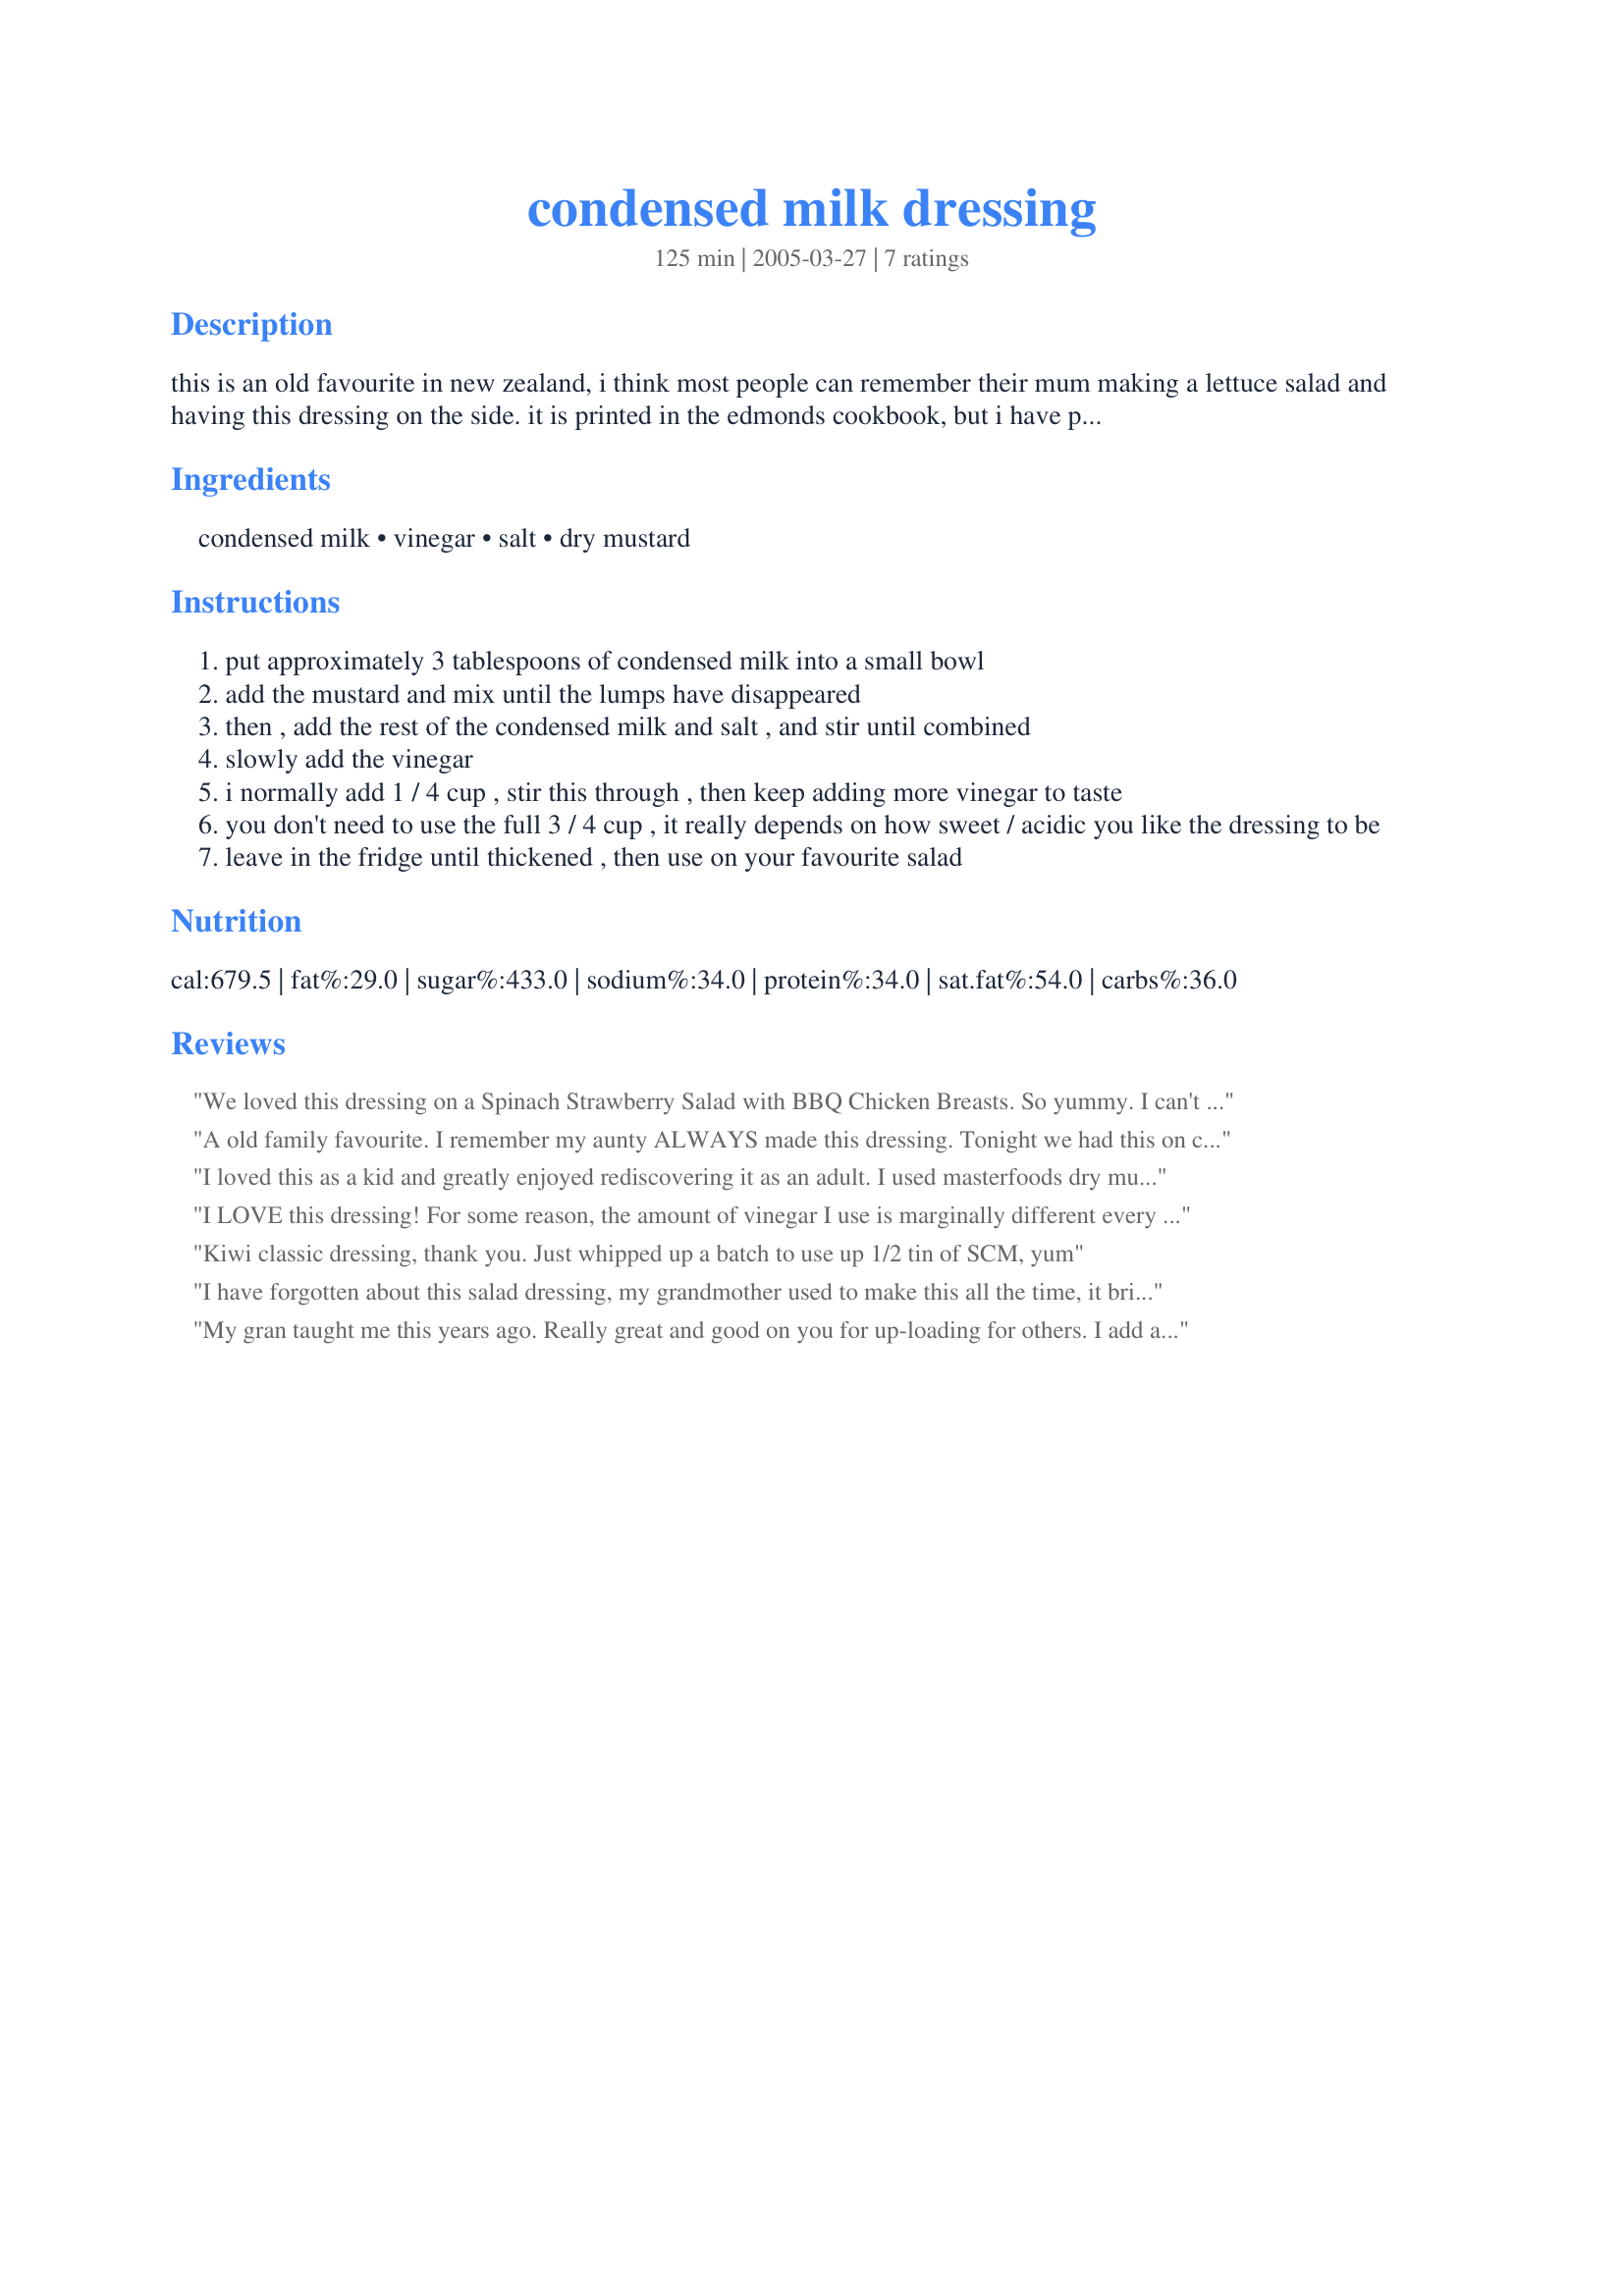
condensed milk dressing
Preparation time: 125 minutes

this is an old favourite in new zealand, i think most people can remember their mum making a lettuce salad and having this dressing on the side. it is printed in the edmonds cookbook, but i have printed my mum's recipe below (as it uses less vinegar & salt).

Ingredients:
condensed milk, vinegar, salt, dry mustard

Steps:
put approximately 3 tablespoons of condensed milk into a small bowl
add the mustard and mix until the lumps have disappeared
then , add the rest of the condensed milk and salt , and stir until combined
slowly add the vinegar
i normally add 1 / 4 cup , stir this through , then keep adding more vinegar to taste
you don't need to use the full 3 / 4 cup , it really depends on how sweet / acidic you like the dressing to be
leave in the fridge until thickened , then use on your favourite salad

Reviews:
We loved this dressing on a Spinach Strawberry Salad with BBQ Chicken Breasts. So yummy. I can't wait to make it again tomorrow. Thanks for posting this recipe.
A old family favourite. I remember my aunty ALWAYS made this dressing. Tonight we had this on chicken salad served on crispy, flat tortillas which I had put under the grill. Yum, thank you!
I loved this as a kid and greatly enjoyed rediscovering it as an adult.
I used masterfoods dry mustard and only needed a scant teaspoon to add the right amount of zing. I'm not familiar with Colemans which is perhaps quite mild? A tablespoon of the masterfoods made for a dressing so hot is was almost inedible. So perhaps proceed with caution if you use a different brand. Thanks little KiwiChook our housemate and I are living off this on our salads now :)
I LOVE this dressing! For some reason, the amount of vinegar I use is marginally different every time I make it because, as you say, it depends on your taste (obviously mine changes slightly now & then!) I like this on my lettuce salads or in a salad sandwich. Delicious!
Kiwi classic dressing, thank you. Just whipped up a batch to use up 1/2 tin of SCM, yum
I have forgotten about this salad dressing, my grandmother used to make this all the time, it brings back memories of my childhood holidays
My gran taught me this years ago. Really great and good on you for up-loading for others. I add all sorts of extras. Gran put an egg yolk in which I do too. Also play around with black pepper (cracked or otherwise) and lemon or lime juice. Makes an excellent base ingredient for seafood sauce too. Just combine it to your favourite tomatoe sauce and shake. I like the darker bbq or Manuka smoked sauce. Tastes a treat with prawns!
